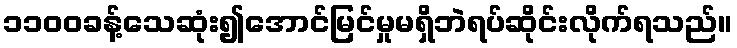
၁၁၀၀ခန့်သေဆုံး၍အောင်မြင်မှုမရှိဘဲရပ်ဆိုင်းလိုက်ရသည်။